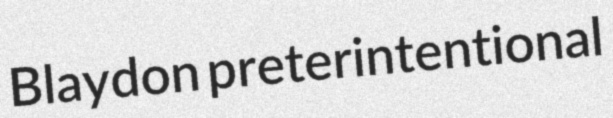
Blaydon preterintentional